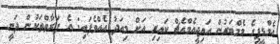
އެމްޑީޕީގެ މެމްބަރުން އައިޖީއެމްއެޗް ކައިރި އަށް މިއަދު އެއްވެފައި: އެ ފަރާތްތަކުން ދަނީ